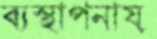
ব্যস্থাপনায়